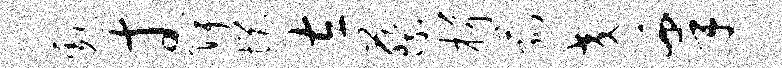
彪寸陴悒左蔡楫菰交皋